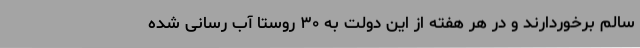
سالم برخوردارند و در هر هفته از این دولت به ۳۰ روستا آب رسانی شده